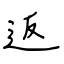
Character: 返